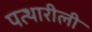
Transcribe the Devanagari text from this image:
पत्थारीली